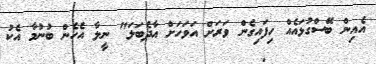
އެއިން ބޭސްގުޅައެއް ހިފައިގެން ވަރަށް އަވަހަށް އާދެބަލަ" ނީލާ އެހެން ބުނުމާ އެކު